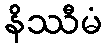
နိဿီမံ